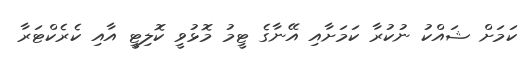
ކަމަށް ޝައްކު ނުކުރާ ކަމަށާއި އޭނާގެ ޓީމު މޮޅުވީ ކޮލިޓީ އާއި ކެރެކްޓަރާ